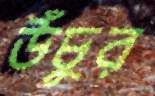
উঁচুর